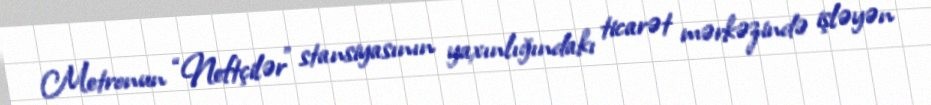
Metronun “Neftçilər” stansiyasının yaxınlığındakı ticarət mərkəzində işləyən